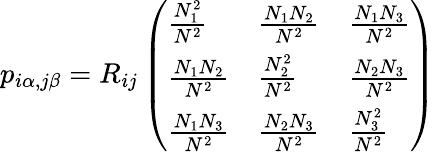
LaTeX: p_{i\alpha,j\beta}=R_{ij}\left(\begin{array}{lll}{\frac{N_{1}^{2}}{N^{2}}}&{\frac{N_{1}N_{2}}{N^{2}}}&{\frac{N_{1}N_{3}}{N^{2}}}\\ {\frac{N_{1}N_{2}}{N^{2}}}&{\frac{N_{2}^{2}}{N^{2}}}&{\frac{N_{2}N_{3}}{N^{2}}}\\ {\frac{N_{1}N_{3}}{N^{2}}}&{\frac{N_{2}N_{3}}{N^{2}}}&{\frac{N_{3}^{2}}{N^{2}}}\end{array}\right)